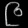
Digit: ၉